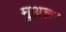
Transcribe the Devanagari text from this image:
मुथ़न्ना